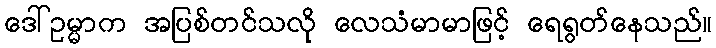
ဒေါ်ဥမ္မာက အပြစ်တင်သလို လေသံမာမာဖြင့် ရေရွတ်နေသည်။